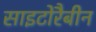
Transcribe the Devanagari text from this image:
साइटोरैबीन